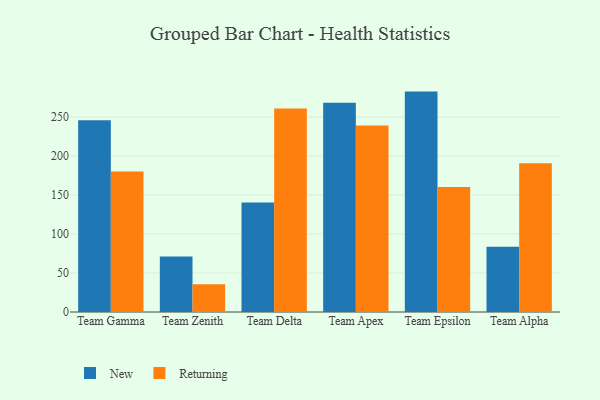
{"axis": {"x": "Team", "y": "Active Users"}, "legend": ["New", "Returning"], "data": [{"x": "Team Gamma", "y": 245.9, "type": "New"}, {"x": "Team Gamma", "y": 180.2, "type": "Returning"}, {"x": "Team Zenith", "y": 71.2, "type": "New"}, {"x": "Team Zenith", "y": 35.6, "type": "Returning"}, {"x": "Team Delta", "y": 140.5, "type": "New"}, {"x": "Team Delta", "y": 260.8, "type": "Returning"}, {"x": "Team Apex", "y": 268.3, "type": "New"}, {"x": "Team Apex", "y": 239.2, "type": "Returning"}, {"x": "Team Epsilon", "y": 282.5, "type": "New"}, {"x": "Team Epsilon", "y": 160.1, "type": "Returning"}, {"x": "Team Alpha", "y": 83.7, "type": "New"}, {"x": "Team Alpha", "y": 190.6, "type": "Returning"}]}